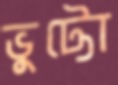
ভুট্টো